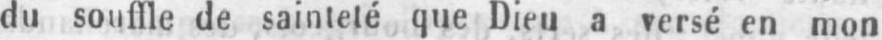
du souffle de sainteté que Dieu a versé en mon